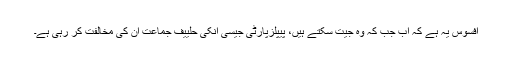
افسوس یہ ہے کہ اب جب کہ وہ جیت سکتے ہیں، پیپلزپارٹی جیسی انکی حلییف جماعت ان کی مخالفت کر رہی ہے۔